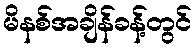
မိနစ်အချိန်ခန့်တွင်